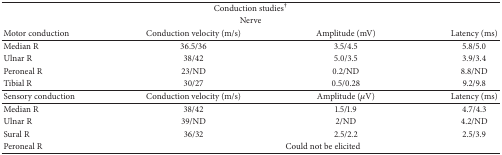
| <COLSPAN=4> Conduction studies† |
 | <COLSPAN=4> Nerve |
 | Motor conduction | Conduction velocity (m/s) | Amplitude (mV) | Latency (ms) |
 | --- | --- | --- | --- |
 | Median R | 36.5/36 | 3.5/4.5 | 5.8/5.0 |
 | Ulnar R | 38/42 | 5.0/3.5 | 3.9/3.4 |
 | Peroneal R | 23/ND | 0.2/ND | 8.8/ND |
 | Tibial R | 30/27 | 0.5/0.28 | 9.2/9.8 |
 | Sensory conduction | Conduction velocity (m/s) | Amplitude (μV) | Latency (ms) |
 | Median R | 38/42 | 1.5/1.9 | 4.7/4.3 |
 | Ulnar R | 39/ND | 2/ND | 4.2/ND |
 | Sural R | 36/32 | 2.5/2.2 | 2.5/3.9 |
 | Peroneal R | <COLSPAN=3> Could not be elicited |